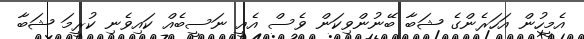
އެމީހުން އަހަރެންގެ ޝަބާ ބޭނުންވިކަން ވެސް އެއީ ނަސީބެއް ކައިވެނި ކުރީމަ ޝަބާ